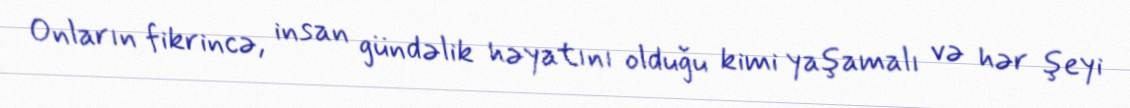
Onların fikrincə, insan gündəlik həyatını olduğu kimi yaşamalı və hər şeyi